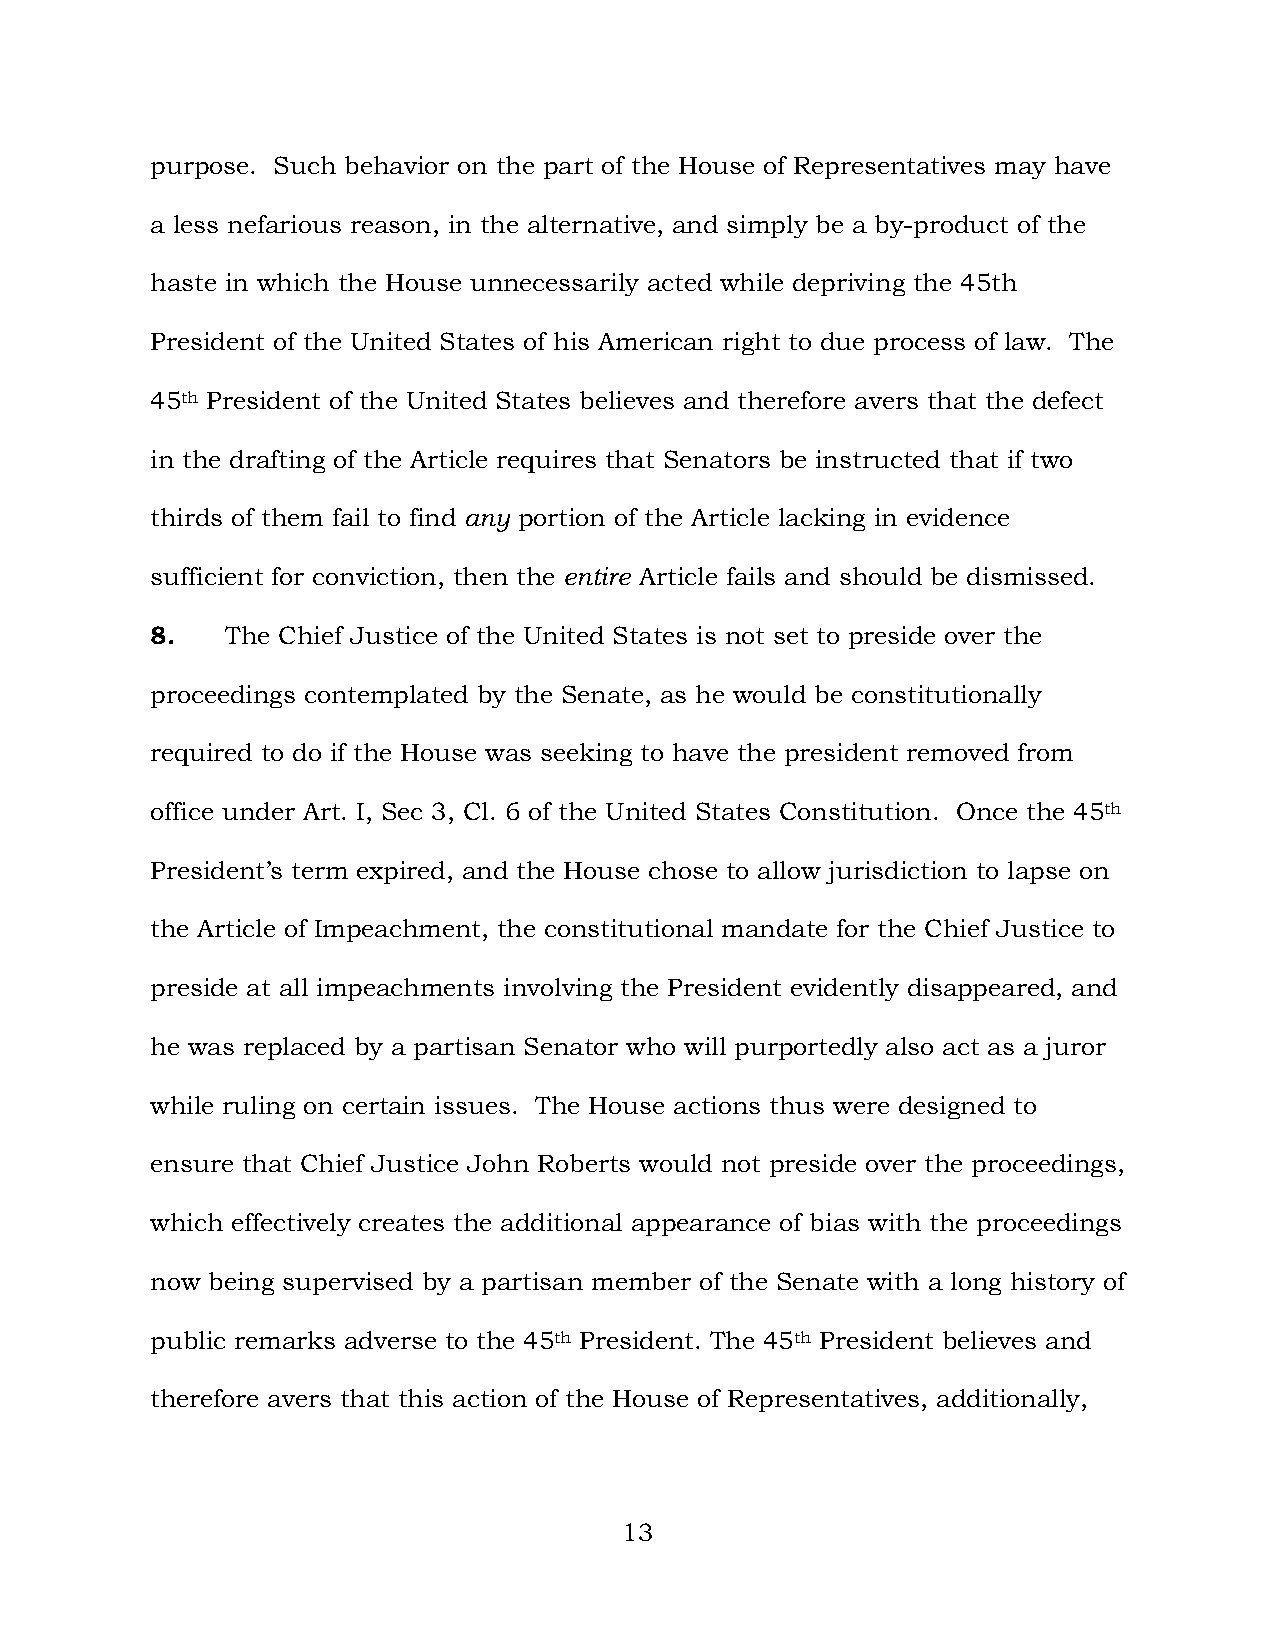
purpose. Such behavior on the part of the House of Representatives may have
 a less nefarious reason, in the alternative, and simply be a by-product of the
 haste in which the House unnecessarily acted while depriving the 45th
 President of the United States of his American right to due process of law. The
 45th President of the United States believes and therefore avers that the defect
 in the drafting of the Article requires that Senators be instructed that if two
 thirds of them fail to find any portion of the Article lacking in evidence
 sufficient for conviction, then the entire Article fails and should be dismissed.
 8.   The Chief Justice of the United States is not set to preside over the
 proceedings contemplated by the Senate, as he would be constitutionally
 required to do if the House was seeking to have the president removed from
 office under Art. I, Sec 3, Cl. 6 of the United States Constitution. Once the 45th
 President’s term expired, and the House chose to allow jurisdiction to lapse on
 the Article of Impeachment, the constitutional mandate for the Chief Justice to
 preside at all impeachments involving the President evidently disappeared, and
 he was replaced by a partisan Senator who will purportedly also act as a juror
 while ruling on certain issues. The House actions thus were designed to
 ensure that Chief Justice John Roberts would not preside over the proceedings,
 which effectively creates the additional appearance of bias with the proceedings
 now being supervised by a partisan member of the Senate with a long history of
 public remarks adverse to the 45th President. The 45th President believes and
 therefore avers that this action of the House of Representatives, additionally,
 13